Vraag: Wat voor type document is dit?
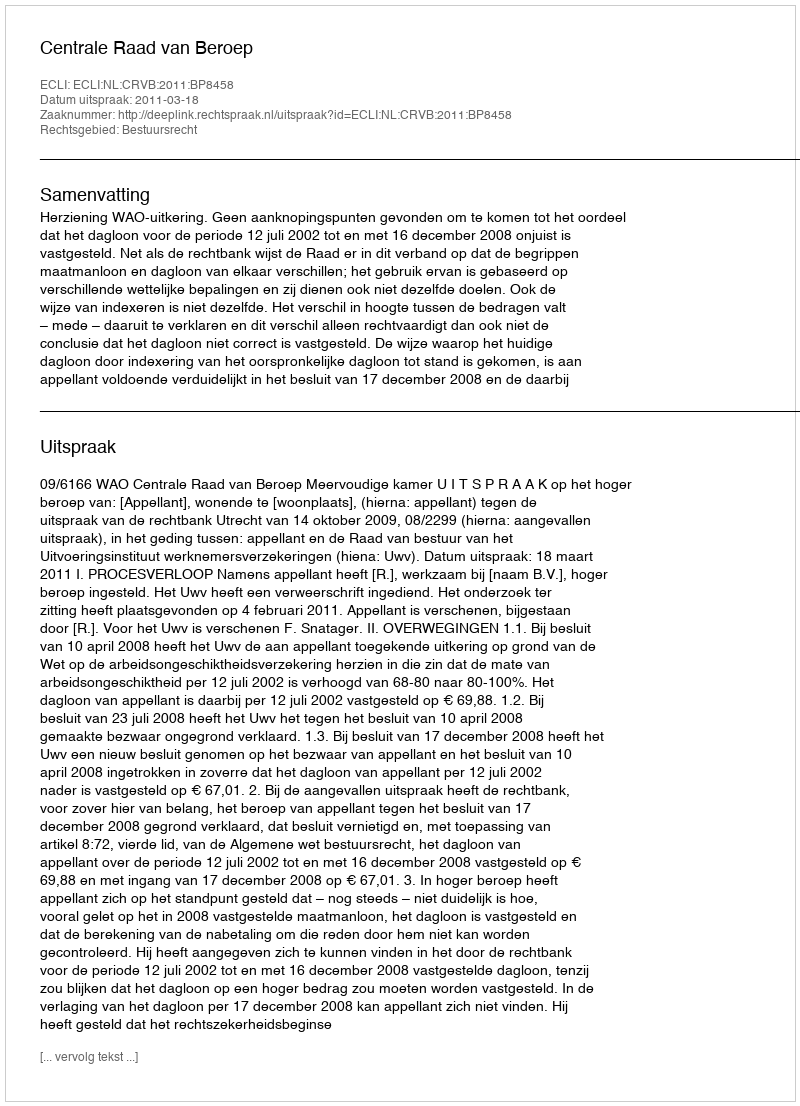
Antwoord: Uitspraak